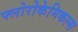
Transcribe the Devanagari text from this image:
फ्लोरोकेमिकल्स